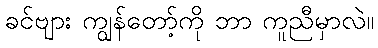
ခင်ဗျား ကျွန်တော့်ကို ဘာ ကူညီမှာလဲ။